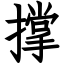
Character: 撑